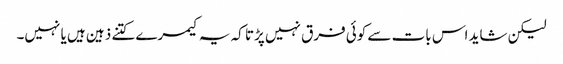
لیکن شاید اس بات سے کوئی فرق نہیں پڑتا کہ یہ کیمرے کتنے ذہین ہیں یا نہیں۔